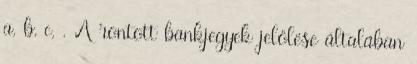
a, b, c, . A rontott bankjegyek jelölése általában